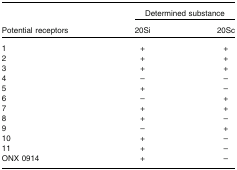
| <ROWSPAN=2> Potential receptors | <COLSPAN=2> Determined substance |
 | 20Si | 20Sc |
 | --- | --- | --- |
 | 1 | + | + |
 | 2 | + | + |
 | 3 | + | + |
 | 4 | – | – |
 | 5 | + | – |
 | 6 | – | + |
 | 7 | + | + |
 | 8 | + | – |
 | 9 | – | + |
 | 10 | + | – |
 | 11 | + | – |
 | ONX 0914 | + | – |